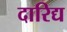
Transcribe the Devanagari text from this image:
दारिद्य